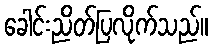
ခေါင်းညိတ်ပြလိုက်သည်။